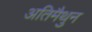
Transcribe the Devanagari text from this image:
अतिमैथुन